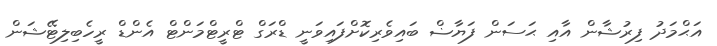
އަޙްމަދު ފިރުޝާން އާއި ޙަސަން ފަޔާޟް ބައިވެރިކޮށްފައިވަނީ ޑްރަގް ޓްރީޓްމަންޓް އެންޑް ރީހެބިލިޓޭޝަން